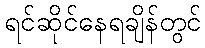
ရင်ဆိုင်နေရချိန်တွင်